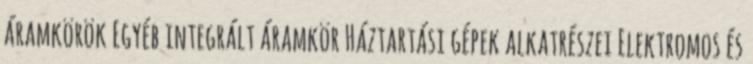
áramkörök Egyéb integrált áramkör Háztartási gépek alkatrészei Elektromos és